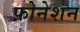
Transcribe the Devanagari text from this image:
फ़ोनेशन